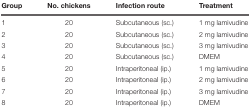
<table><thead><tr><td><b>Group</b></td><td><b>No. chickens</b></td><td><b>Infection route</b></td><td><b>Treatment</b></td></tr></thead><tbody><tr><td>1</td><td>20</td><td>Subcutaneous (sc.)</td><td>1 mg lamivudine</td></tr><tr><td>2</td><td>20</td><td>Subcutaneous (sc.)</td><td>2 mg lamivudine</td></tr><tr><td>3</td><td>20</td><td>Subcutaneous (sc.)</td><td>3 mg lamivudine</td></tr><tr><td>4</td><td>20</td><td>Subcutaneous (sc.)</td><td>DMEM</td></tr><tr><td>5</td><td>20</td><td>Intraperitoneal (ip.)</td><td>1 mg lamivudine</td></tr><tr><td>6</td><td>20</td><td>Intraperitoneal (ip.)</td><td>2 mg lamivudine</td></tr><tr><td>7</td><td>20</td><td>Intraperitoneal (ip.)</td><td>3 mg lamivudine</td></tr><tr><td>8</td><td>20</td><td>Intraperitoneal (ip.)</td><td>DMEM</td></tr></tbody></table>